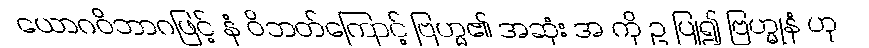
ယောဂဝိဘာဂဖြင့် နံ ဝိဘတ်ကြောင့် ဗြဟ္မ၏ အဆုံး အ ကို ဥ ပြု၍ ဗြဟ္မုနံ ဟု